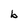
Character: b